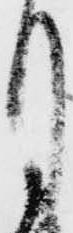
月